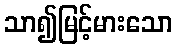
သာ၍မြင့်မားသော